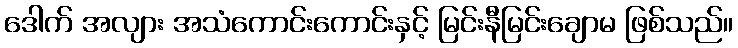
ဒေါက် အလျား အသံကောင်းကောင်းနှင့် မြင်းနီမြင်းချောမ ဖြစ်သည်။